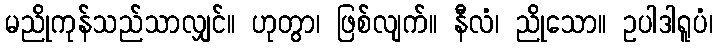
မညိုကုန်သည်သာလျှင်။ ဟုတွာ၊ ဖြစ်လျက်။ နီလံ၊ ညိုသော။ ဥပါဒါရူပံ၊